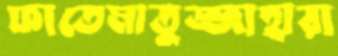
ফাতেমাতুজ্জাহারা